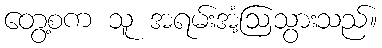
တွေ့စက သူ အရမ်းအံ့ဩသွားသည်။